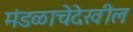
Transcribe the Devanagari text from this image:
मंडळाचेदेखील